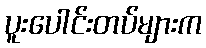
ပူးပေါင်းတပ်များက